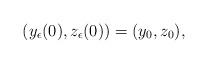
LaTeX: \begin{align*} (y_{\epsilon}(0),z_{\epsilon}(0)) =(y_0,z_0), \end{align*}